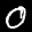
Label: 0